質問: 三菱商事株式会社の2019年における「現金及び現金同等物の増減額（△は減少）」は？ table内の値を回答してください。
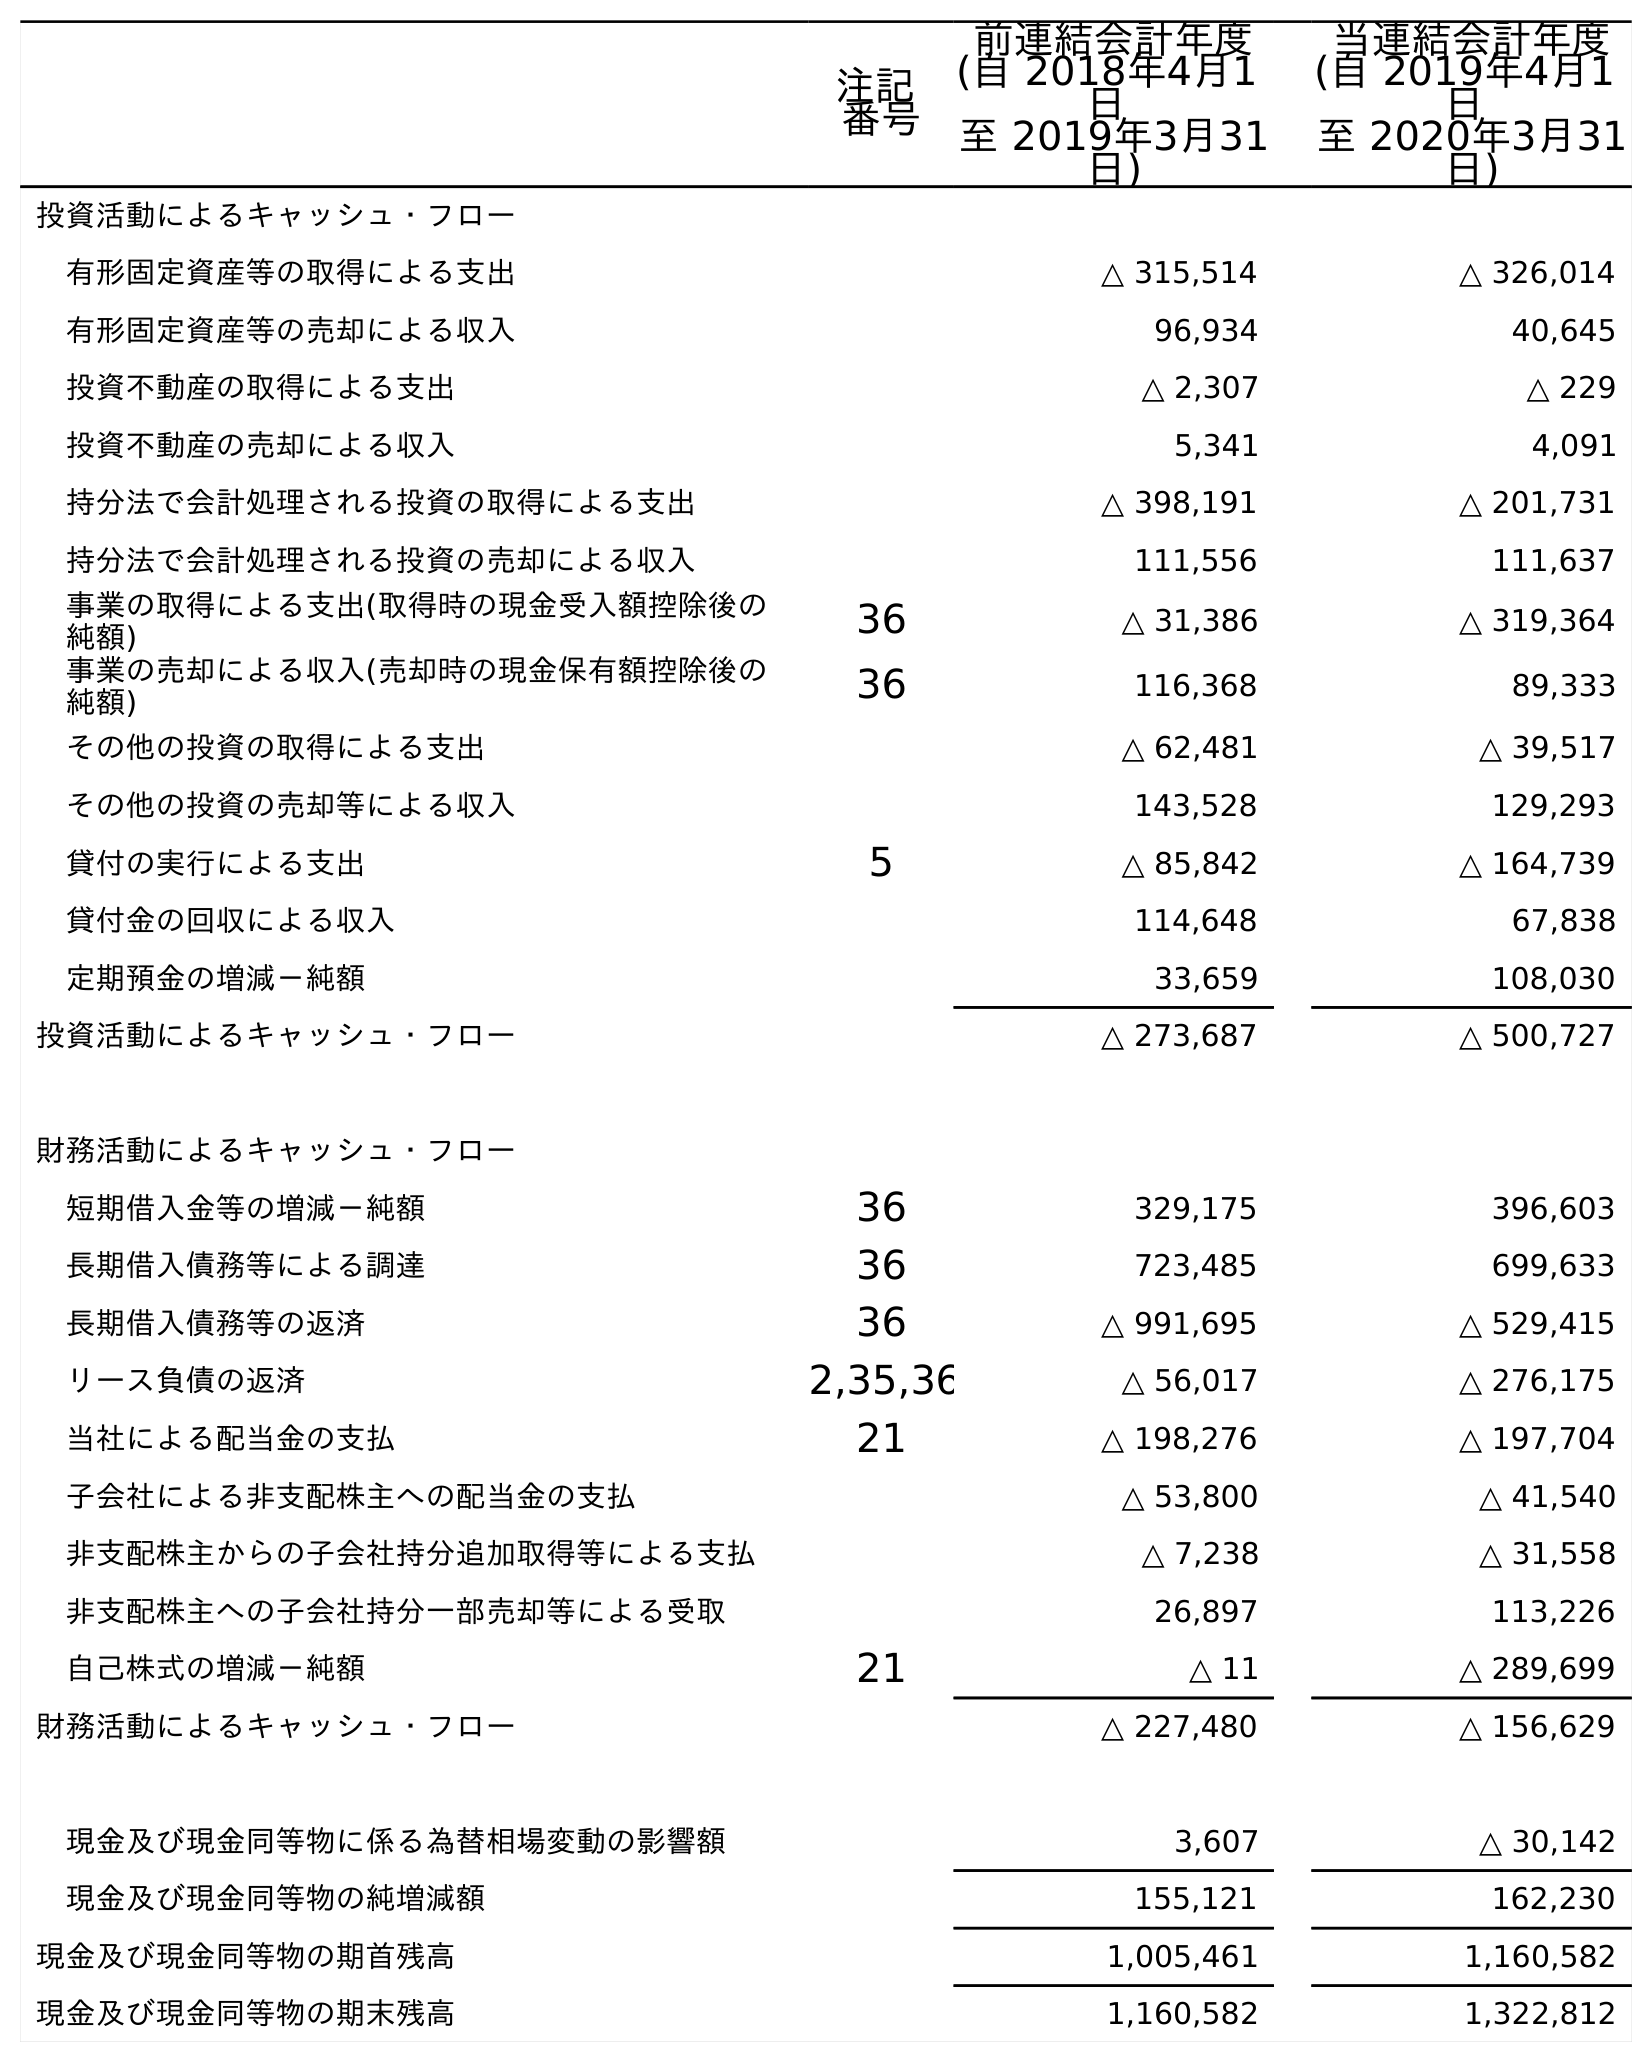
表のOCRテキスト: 注記 番号 前連結会計年度 (自 2018年4月1 日 至 2019年3月31 日) 当連結会計年度 (自 2019年4月1 日 至 2020年3月31 日) 投資活動によるキャッシュ・フロー 有形固定資産等の取得による支出 △ 315,514 △ 326,014 有形固定資産等の売却による収入 96,934 40,645 投資不動産の取得による支出 △ 2,307 △ 229 投資不動産の売却による収入 5,341 4,091 持分法で会計処理される投資の取得による支出 △ 398,191 △ 201,731 持分法で会計処理される投資の売却による収入 111,556 111,637 事業の取得による支出(取得時の現金受入額控除後の 純額) 36 △ 31,386 △ 319,364 事業の売却による収入(売却時の現金保有額控除後の 純額) 36 116,368 89,333 その他の投資の取得による支出 △ 62,481 △ 39,517 その他の投資の売却等による収入 143,528 129,293 貸付の実行による支出 5 △ 85,842 △ 164,739 貸付金の回収による収入 114,648 67,838 定期預金の増減－純額 33,659 108,030 投資活動によるキャッシュ・フロー △ 273,687 △ 500,727 財務活動によるキャッシュ・フロー 短期借入金等の増減－純額 36 329,175 396,603 長期借入債務等による調達 36 723,485 699,633 長期借入債務等の返済 36 △ 991,695 △ 529,415 リース負債の返済 2,35,36 △ 56,017 △ 276,175 当社による配当金の支払 21 △ 198,276 △ 197,704 子会社による非支配株主への配当金の支払 △ 53,800 △ 41,540 非支配株主からの子会社持分追加取得等による支払 △ 7,238 △ 31,558 非支配株主への子会社持分一部売却等による受取 26,897 113,226 自己株式の増減－純額 21 △ 11 △ 289,699 財務活動によるキャッシュ・フロー △ 227,480 △ 156,629 現金及び現金同等物に係る為替相場変動の影響額 3,607 △ 30,142 現金及び現金同等物の純増減額 155,121 162,230 現金及び現金同等物の期首残高 1,005,461 1,160,582 現金及び現金同等物の期末残高 1,160,582 1,322,812
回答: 155,121